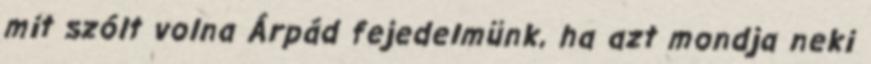
mit szólt volna Árpád fejedelmünk, ha azt mondja neki